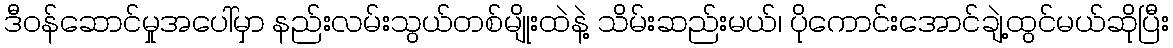
ဒီဝန်ဆောင်မှုအပေါ်မှာ နည်းလမ်းသွယ်တစ်မျိုးထဲနဲ့ သိမ်းဆည်းမယ်၊ ပိုကောင်းအောင်ချဲ့ထွင်မယ်ဆိုပြီး